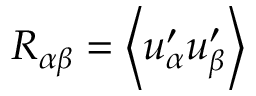
R _ { \alpha \beta } = \left\langle u _ { \alpha } ^ { \prime } u _ { \beta } ^ { \prime } \right\rangle